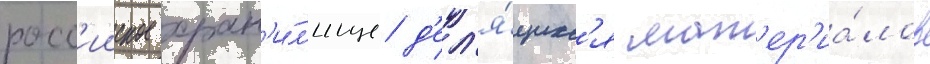
росс'ииское хран'и́л'ище д'ел'я́щихс'я мат'ер'иа́лов